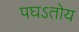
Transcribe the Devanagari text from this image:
पघऽतोय